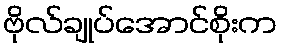
ဗိုလ်ချုပ်အောင်စိုးက